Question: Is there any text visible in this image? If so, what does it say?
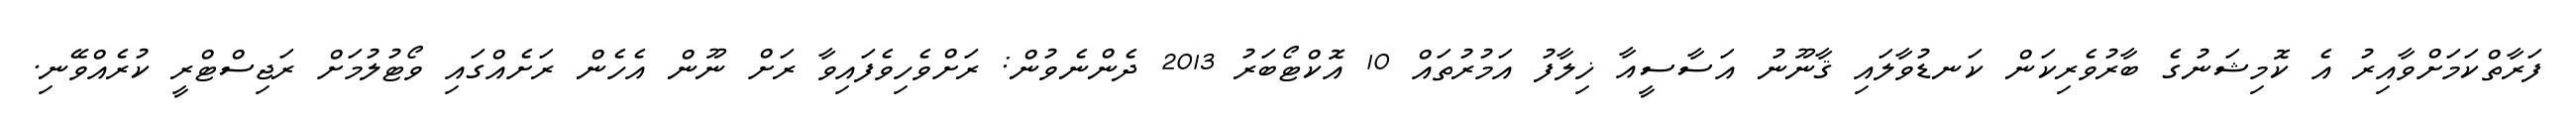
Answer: ފަރާތްކަމަށްވާއިރު އެ ކޮމިޝަނުގެ ބާރުވެރިކަން ކަނޑުވާލައި ޤާނޫނު އަސާސީއާ ޚިލާފު އަމުރުތައް 10 އޮކްޓޯބަރު 2013 ދެންނެވުން: ރަށްވެހިވެފައިވާ ރަށް ނޫން އެހެން ރަށެއްގައި ވޯޓުލުމަށް ރަޖިސްޓްރީ ކުރެއްވޭނި.